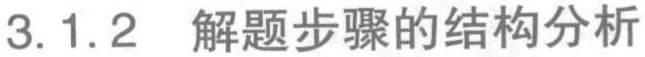
3.1.2 解题步骤的结构分析